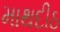
માથદીઠ